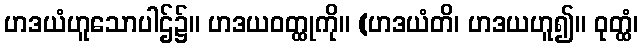
ဟဒယံဟူသောပါဌ်၌။ ဟဒယဝတ္ထုကို။ (ဟဒယံတိ၊ ဟဒယဟူ၍။ ဝုတ္ထံ၊